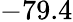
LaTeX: -79.4